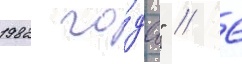
1982 го́да" // 6